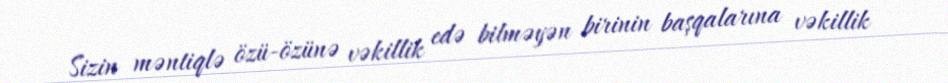
Sizin məntiqlə özü-özünə vəkillik edə bilməyən birinin başqalarına vəkillik